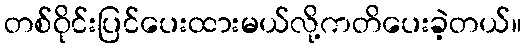
တစ်ဝိုင်းပြင်ပေးထားမယ်လို့ကတိပေးခဲ့တယ်။